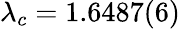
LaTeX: \lambda_{c}=1.6487(6)